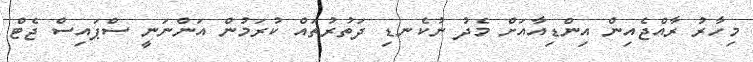
މިހާރު ރާއްޖެއިން އިންޑިއާއަށް މެދު ނުކެނޑި ދަތުރުތައް ކުރަމުން އަންނަނީ ސްޕައިސް ޖެޓް